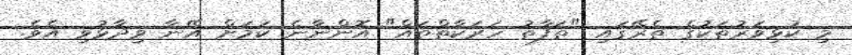
މި ކުޅިވަރުތަކުގެ ތެރޭގައި "ތަފާތު ހަރަކާތްތައް" އޮންނާނެ ކަމަށް އޭނާ ވިދާޅުވި އެވެ.